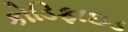
કોડિફાઇડ